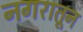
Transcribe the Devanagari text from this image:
नगरातून